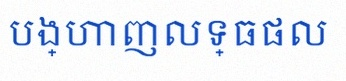
បង្ហាញលទ្ធផល